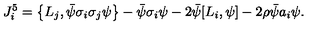
J _ { i } ^ { 5 } = \left\{ L _ { j } , \bar { \psi } \sigma _ { i } \sigma _ { j } \psi \right\} - \bar { \psi } \sigma _ { i } \psi - 2 \bar { \psi } [ L _ { i } , \psi ] - 2 \rho \bar { \psi } a _ { i } \psi .